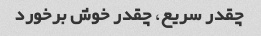
چقدر سریع، چقدر خوش برخورد